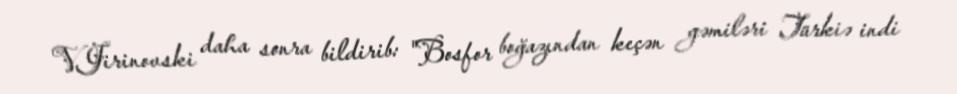
V.Jirinovski daha sonra bildirib: "Bosfor boğazından keçən gəmiləri Türkiə indi